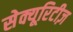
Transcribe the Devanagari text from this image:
सेक्यूरिटीज़